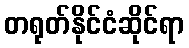
တရုတ်နိုင်ငံဆိုင်ရာ